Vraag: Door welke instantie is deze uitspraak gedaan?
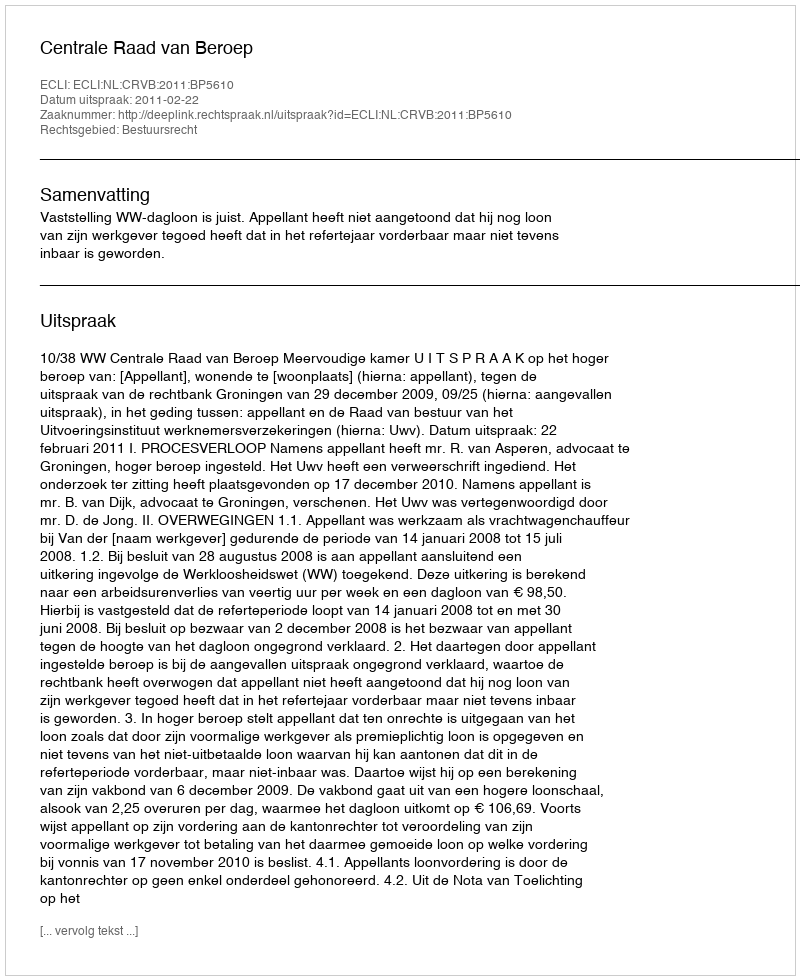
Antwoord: Centrale Raad van Beroep